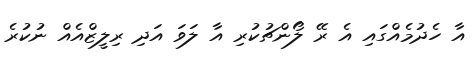
އާ ހެދުމެއްގައި އެ ރޭ ލޯންޗުކުރި އާ ލަވަ އަދި ރިލީޒްއެއް ނުކުރެ